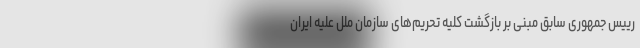
رییس جمهوری سابق مبنی بر بازگشت کلیه تحریم‌های سازمان ملل علیه ایران